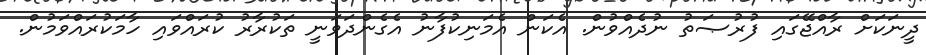
ދީނަކަށް ރާއްޖޭގައި ފުރުޞަތު ނުދެއްވުން. އެކަން އެމަނިކުފާނު އެގެންދަވަނީ ތަކުރާރު ކުރައްވައި ހާމަކުރައްވަމުން.